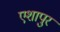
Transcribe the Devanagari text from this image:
एशापुर